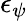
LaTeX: \epsilon_{\psi}